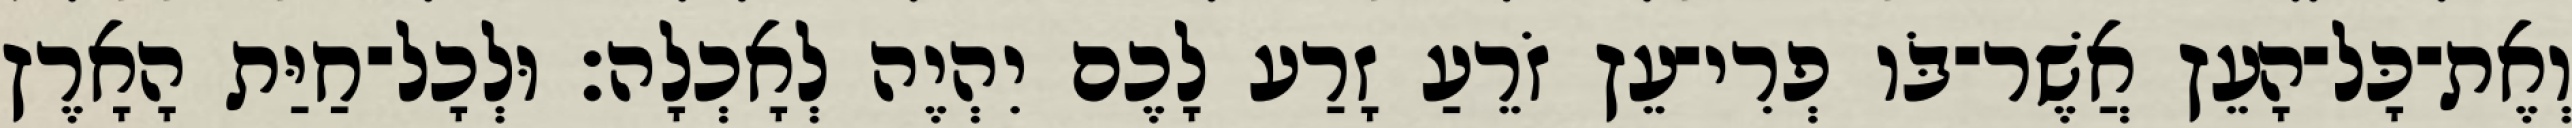
וְאֶת־כָּל־הָעֵץ אֲשֶׁר־בֹּו פְרִי־עֵץ זֹרֵעַ זָרַע לָכֶם יִהְיֶה לְאָכְלָה׃ וּלְכָל־חַיַּת הָאָרֶץ